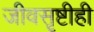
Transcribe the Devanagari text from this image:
जीवसृष्टीही